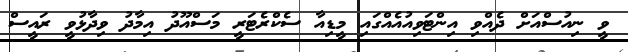
ވީ ނިއުސްއަށް ދެއްވި އިންޓަވިއުއެއްގައި މީޑިއާ ސެކްރެޓަރީ މަސްއޫދު އިމާދު ވިދާޅުވީ ރައީސް